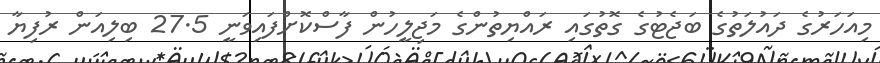
މިއަހަރުގެ ދައުލަތުގެ ބަޖެޓުގެ ގޮތުގައި ރައްޔިތުންގެ މަޖިލީހުން ފާސްކޮށްފައިވަނީ 27.5 ބިލިއަން ރުފިޔާ